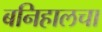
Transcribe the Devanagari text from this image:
बनिहालचा